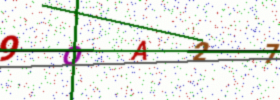
Text: 9OA27